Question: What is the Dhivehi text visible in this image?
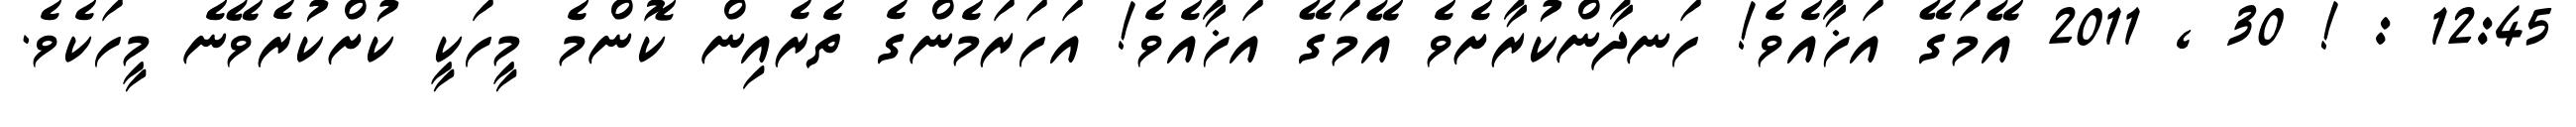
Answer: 12:45 : ! 30 , 2011 އޭމަގޭ އަޚާއެވެ! ހަނދާންކުރާށެވެ އޭމަގޭ އަޚާއެވެ! އަހަރަމެންގެ ތެރެއިން ކޮންމެ މީހަކީ ކުށްކުރެވޭނެ މީހަކެވެ.